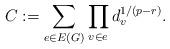
LaTeX: \begin{align*}C:=\sum_{e\in E(G)}\prod_{v\in e}d_v^{1/(p-r)}. \end{align*}